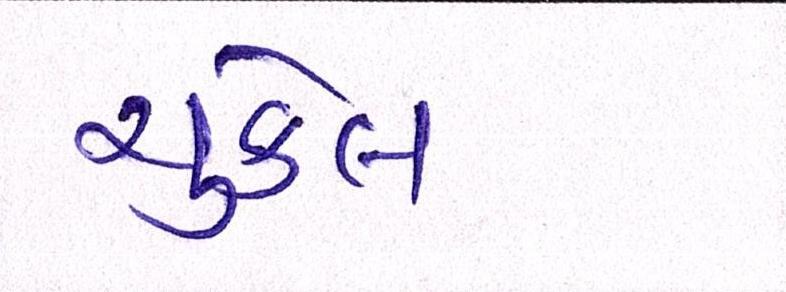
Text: ચુકેલ